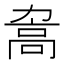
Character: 𲌖